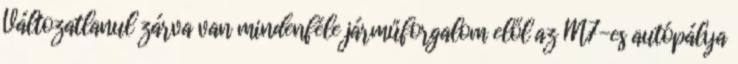
Változatlanul zárva van mindenféle járműforgalom elől az M7-es autópálya